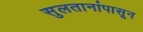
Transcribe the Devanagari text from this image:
सुलतानांपासून